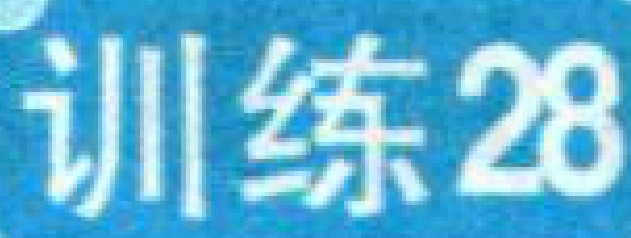
训练28